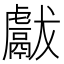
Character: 𱿖